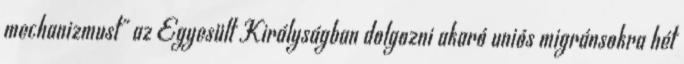
mechanizmust" az Egyesült Királyságban dolgozni akaró uniós migránsokra hét